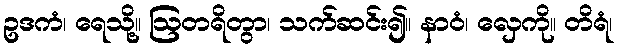
ဥဒကံ၊ ရေသို့။ ဩတရိတွာ၊ သက်ဆင်း၍။ နာဝံ၊ လှေကို။ တိရံ၊